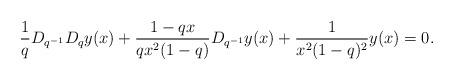
LaTeX: \begin{align*} \frac{1}{q} D_{q^{-1}} D_{q}y(x)+ \dfrac{1-qx}{qx^2(1-q)}D_{q^{-1}} y(x) +\frac{ 1}{x^2(1-q)^2} y(x) =0.\end{align*}